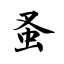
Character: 蚤